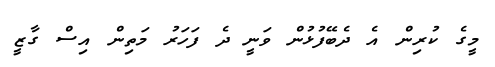
މީގެ ކުރިން އެ ދެބޭފުޅުން ވަނީ ދެ ފަހަރު މަތިން އިސް ގާޒީ